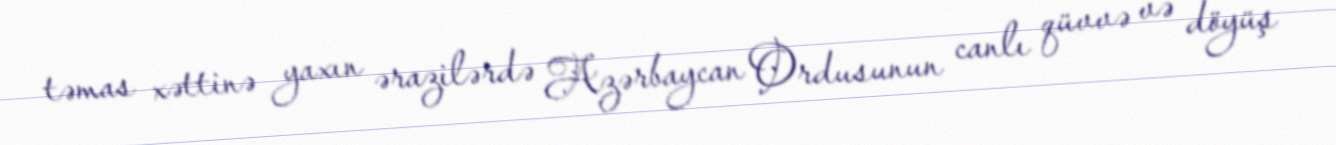
təmas xəttinə yaxın ərazilərdə Azərbaycan Ordusunun canlı qüvvə və döyüş